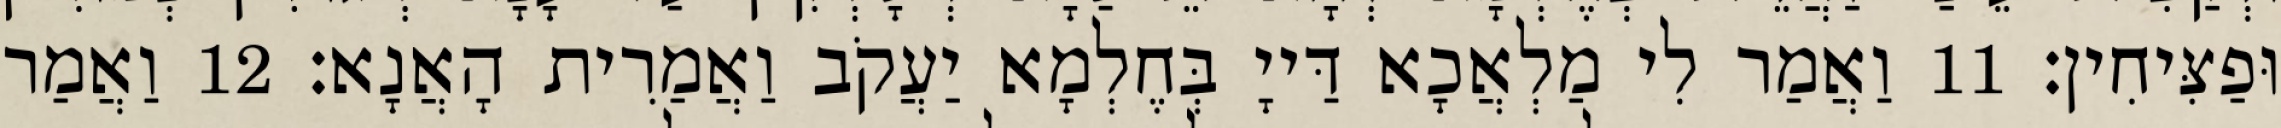
וּפַצִּיחִין׃ 11 וַאֲמַר לִי מַלְאֲכָא דַּייָ בְּחֶלְמָא יַעֲקֹב וַאֲמַרִית הָאֲנָא׃ 12 וַאֲמַר